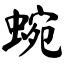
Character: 蜿